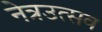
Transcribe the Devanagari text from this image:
नेत्रउत्सव